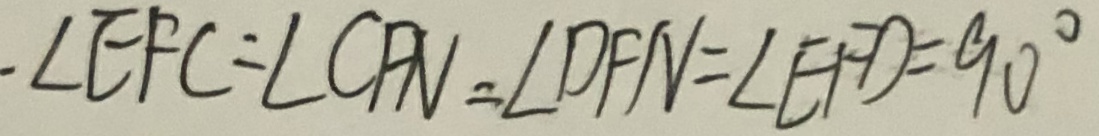
\angle E F C = \angle C F N = \angle D F N = \angle E F D = 9 0 ^ { \circ }